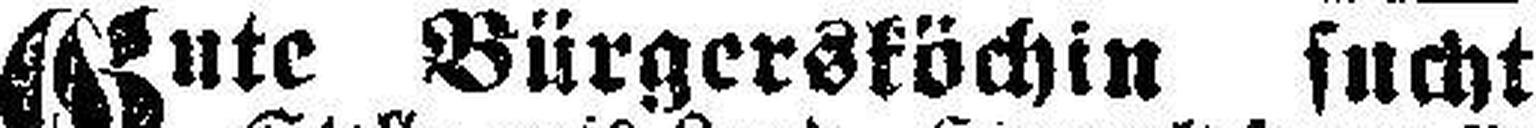
Gute Bürgersköchin sucht